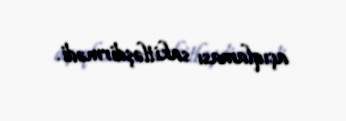
açıqlaması sakitləşdirmədi.